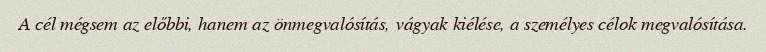
A cél mégsem az előbbi, hanem az önmegvalósítás, vágyak kiélése, a személyes célok megvalósítása.